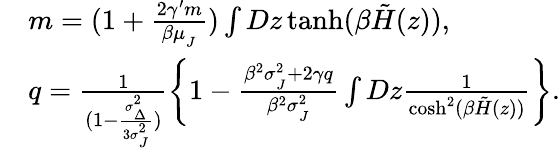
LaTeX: \begin{array}{rl}&{m=(1+\frac{2\gamma^{\prime}m}{\beta\mu_{_{J}}})\int Dz\operatorname{tanh}(\beta\tilde{H}(z)),}\\ &{q=\frac{1}{(1-\frac{\sigma_{_{\Delta}}^{2}}{3\sigma_{_{J}}^{2}})}\left\{ 1-\frac{\beta^{2}\sigma_{_{J}}^{2}+2\gamma q}{\beta^{2}\sigma_{_{J}}^{2}}\int Dz\frac{1}{\cosh^{2}(\beta\tilde{H}(z))}\right\} .}\end{array}